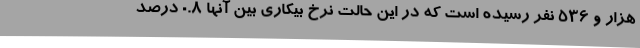
هزار و 536 نفر رسیده است که در این حالت نرخ بیکاری بین آنها 0.8 درصد